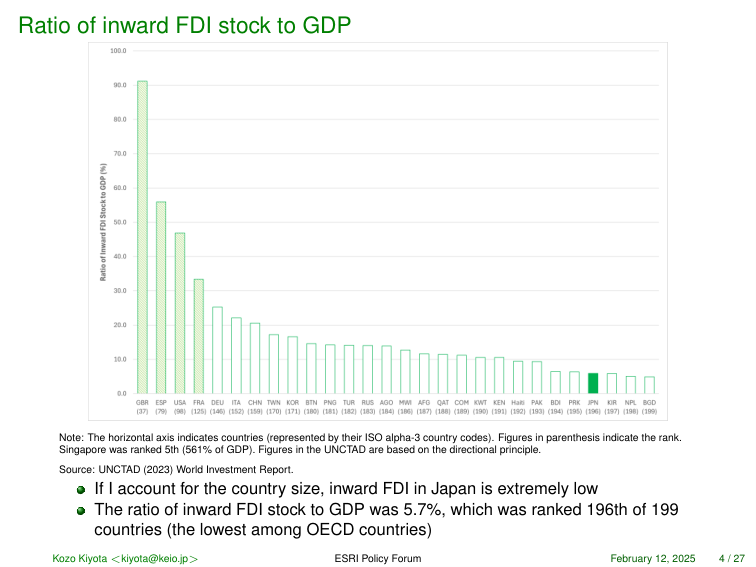
Ratio of inward FDI stock to GDP

100.0
90.0
80.0
70.0
60.0
50.0
40.0
30.0
20.0
10.0
0.0

Ratio of Inward FDI Stock to GDP (%)

GBR (37)
ESP (76)
USA (80)
FRA (125)
DEU (140)
ITA (152)
CHN (159)
TWN (170)
KOR (171)
BTN (180)
PNG (181)
TUR (182)
RUS (183)
AGO (184)
MVR (186)
AFG (187)
QAT (188)
COM (189)
KWT (190)
KEN (191)
HAI (192)
PAK (193)
BDI (194)
PRK (195)
JPN (196)
KIR (197)
NPL (198)
BGD (199)

Note: The horizontal axis indicates countries (represented by their ISO alpha-3 country codes). Figures in parenthesis indicate the rank. Singapore was ranked 5th (561% of GDP). Figures in the UNCTAD are based on the directional principle.
Source: UNCTAD (2023) World Investment Report.

● If I account for the country size, inward FDI in Japan is extremely low
● The ratio of inward FDI stock to GDP was 5.7%, which was ranked 196th of 199 countries (the lowest among OECD countries)

Kozo Kiyota <kiyota@keio.jp>
ESRI Policy Forum
February 12, 2025
4 / 27